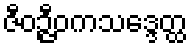
ဇီဝဉ္ဇီဝကသဒ္ဒေတ္ထ